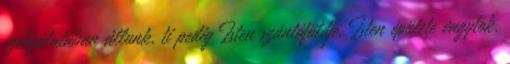
szolgálatában állunk, ti pedig Isten szántóföldje, Isten épülete vagytok.